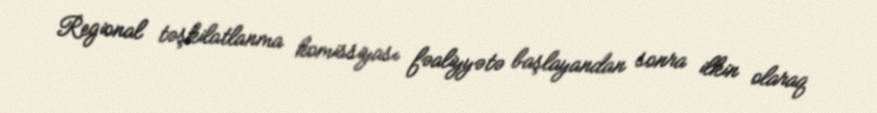
Regional təşkilatlanma komissiyası fəaliyyətə başlayandan sonra ilkin olaraq